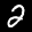
Label: 2